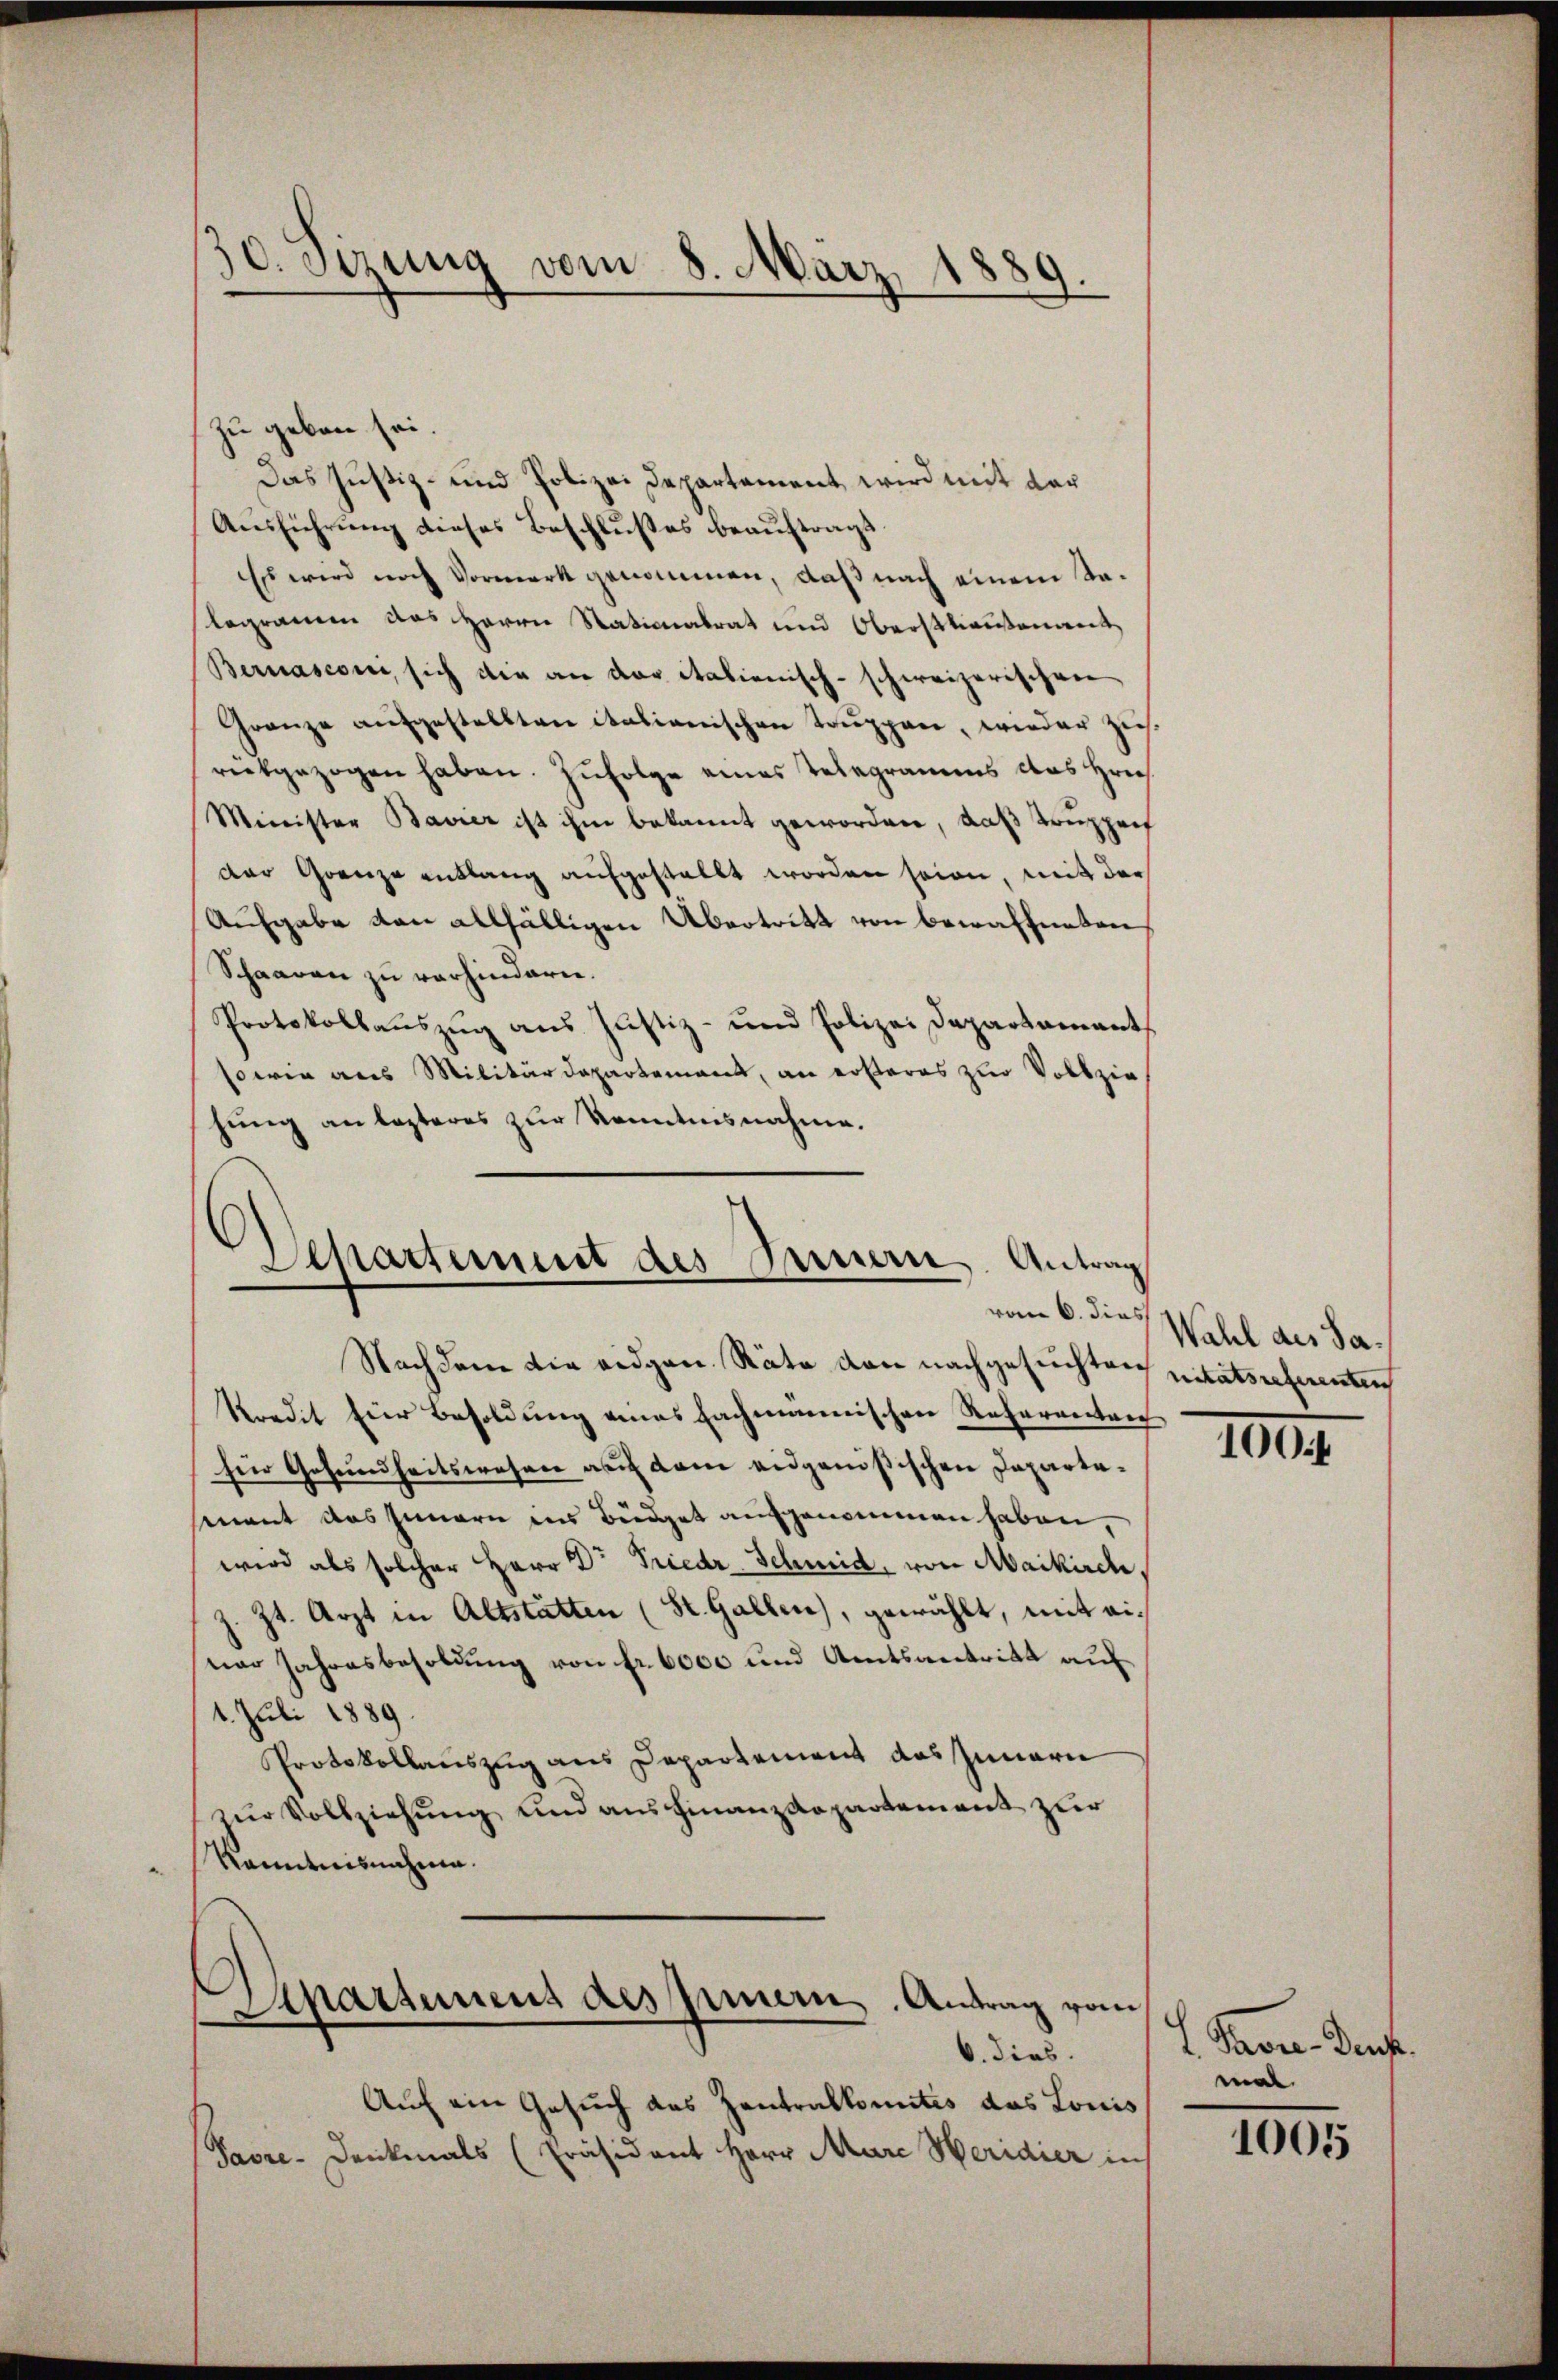
10. Sizung vom 8. März 1889.

zu geben sei.
Das Justiz- und Polizei Departement, wird mit der
Ausführung dieses Beschlußes beauftragt.
Es wird nach Vormerk genommen, daß nach einem Talegramm das Herrn Stationalrat und Oberstlieutenant
Bernasconi, sich die an der italienisch-schweizerischen
Franze aŭfgestellten italianischen Trŭppen, wieder zieh-
rückgezogen haben. Zufolge eines Telegramms das Hrn.
Minister Bavier ist ihm bekannt geworden, daß Truppenf
der Grenze entlang aufgestellt worden seien, mit der
Aufgabe von allfälligen Übertritt von bewaffneten
Schaaren zu verhindern.
Protokollauszug aus Justiz- und Polizei Departament
sowie aus Militärdepartement, an ersteres zur Vollziehung an lezteres zur Kenntnisnahme.
Nachdem die eidgen. Räte den nachgesuchten nitätsreferenten
Kondit für Besoldung eines Fachmannischen Referanten
für Gesundheitswesen auf dem eidgenößischen Departemant das Innern ins Büdget aufgenommen haben,
wird als solcher Herr Dr Friedr Schmid, von Maikirche,
Zt. Arzt in Altstätten (St. Gallen, gewählt, mit einar Jahresbesoldung von fr. 6000 und Amtsantritt auf
1. Juli 1889.
Protokollauszug aus Departement das Innern
zur Vollziehung und aus Finanzdepartement zur
Kenntnisnahme.
Apartemens des Innern. Antrag vom
6. dies
Auf ein Gesuch das Zentralkomités das Louis
Savre-Denkmals (Präsident Herr Mare Weridier in

Departement des Innern. Antrag
vom 6. dies

Wahl des Sa¬

100

Pron Genf.
mal.

1005